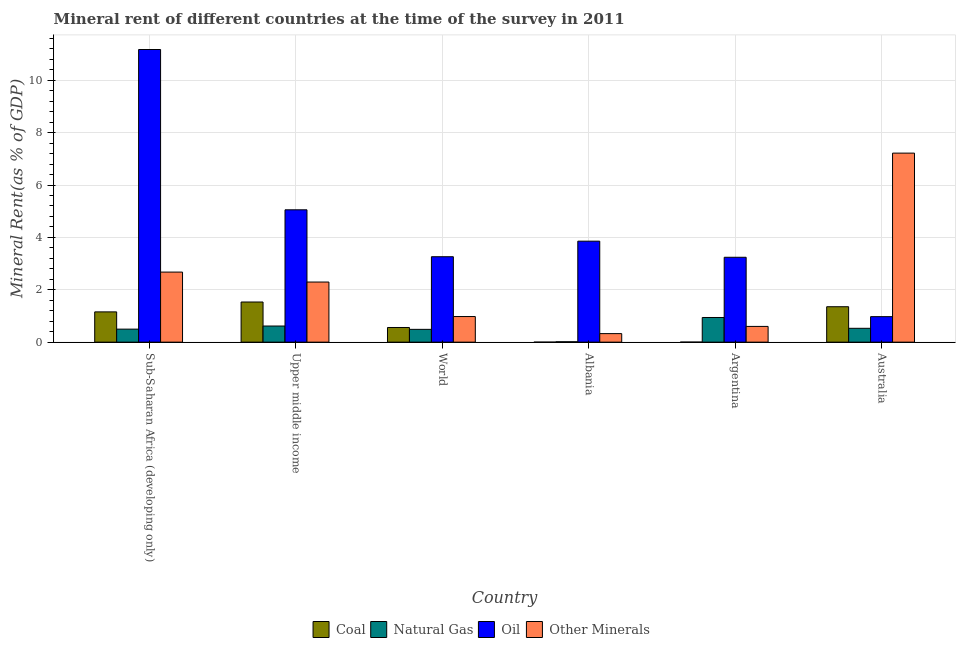
| Country | Coal | Natural Gas | Oil | Other Minerals |
 | --- | --- | --- | --- | --- |
 | Sub-Saharan Africa (developing only) | 1.16 | 0.497 | 11.2 | 2.68 |
 | Upper middle income | 1.53 | 0.616 | 5.05 | 2.3 |
 | World | 0.56 | 0.489 | 3.26 | 0.978 |
 | Albania | 0.000253 | 0.0147 | 3.86 | 0.326 |
 | Argentina | 0.000907 | 0.942 | 3.24 | 0.601 |
 | Australia | 1.35 | 0.529 | 0.974 | 7.22 |